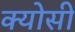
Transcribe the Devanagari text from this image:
क्योसी